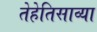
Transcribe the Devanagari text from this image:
तेहेतिसाव्या